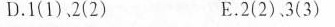
D.1(1)，2(2) E。2(2)、3(3)